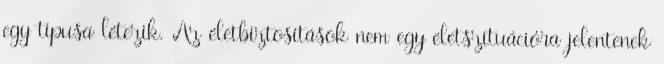
egy típusa létezik. Az életbiztosítások nem egy életszituációra jelentenek